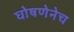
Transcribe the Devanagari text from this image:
घोषणेनेच